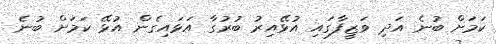
ކަމަށް ބުނެ އަދި ވަޒީފާގައި އުޅޭއިރު ބުރުގާ އަޅައިގެން އުޅޭ ކަމަށް ބުނެ